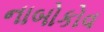
નાબોકોવ